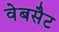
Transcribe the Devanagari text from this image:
वेबसैट